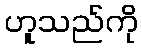
ဟူသည်ကို